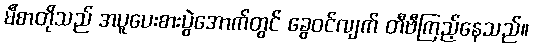
မီစာတိုသည် အပူပေးစားပွဲအောက်တွင် ခွေဝင်လျက် တီဗီကြည့်နေသည်။